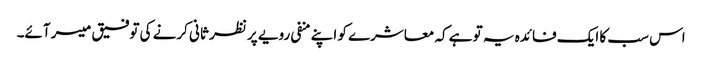
اس سب کا ایک فائدہ یہ تو ہے کہ معاشرے کو اپنے منفی رویے پر نظر ثانی کرنے کی توفیق میسر آئے۔